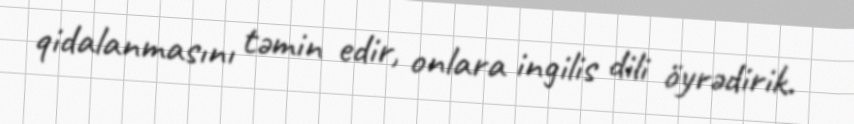
qidalanmasını təmin edir, onlara ingilis dili öyrədirik.